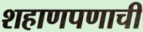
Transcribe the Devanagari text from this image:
शहाणपणाची